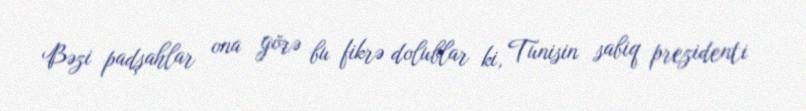
Bəzi padşahlar ona görə bu fikrə dolublar ki, Tunisin sabiq prezidenti